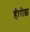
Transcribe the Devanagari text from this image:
हीरोझ